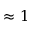
\approx 1